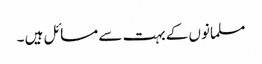
مسلمانوں کے بہت سے مسائل ہیں ۔